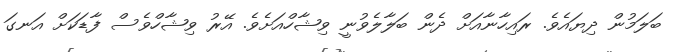
ބަލަމުން ދިޔައެވެ. ރައިހާނާއަށް ދެން ބަލާލެވުނީ ވިޝާހްއަށެވެ. އޭރު ވިޝާހްވެސް ފާޑަކަށް އަނގަ